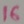
Text: 16